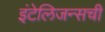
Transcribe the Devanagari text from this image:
इंटेलिजन्सची